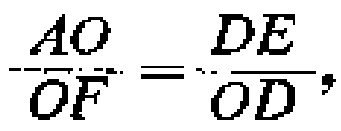
\(\frac{AO}{OF}=\frac{DE}{OD},\)